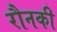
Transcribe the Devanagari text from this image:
रौनकी